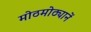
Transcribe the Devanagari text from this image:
मोठमोठ्यानें